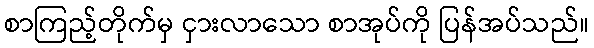
စာကြည့်တိုက်မှ ငှားလာသော စာအုပ်ကို ပြန်အပ်သည်။